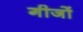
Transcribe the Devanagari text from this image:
गीजों